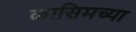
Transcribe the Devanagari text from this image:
कासिमच्या